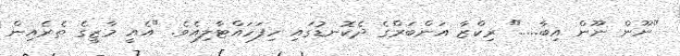
"ނޫން ނޫން އިބާ....." ރިކްޒާ އަންބަރްގެ ދެކޮނޑުގައި ހިފަހައްޓާލިއެވެ. "އެއީ މާޒީގެ ތެރެއިން